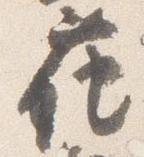
花